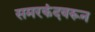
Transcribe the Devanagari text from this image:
समरकंदवरून